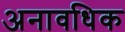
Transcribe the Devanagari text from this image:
अनावधिक